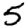
Digit: 5